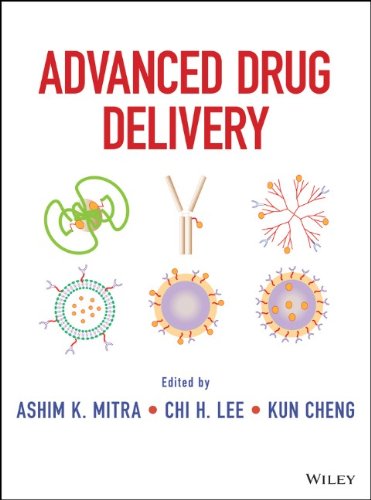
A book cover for Advanced Drug Delivery; Ashim Mitra; Medical Books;